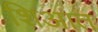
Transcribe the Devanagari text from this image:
शिआत